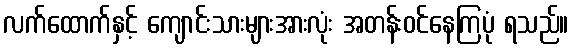
လက်ထောက်နှင့် ကျောင်းသားများအားလုံး အတန်းဝင်နေကြပုံ ရသည်။